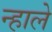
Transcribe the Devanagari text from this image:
न्हाले